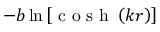
- b \ln \left[ \textrm { c o s h } \left( k r \right) \right]